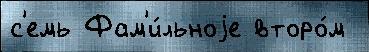
с'емь Фам'и́льноjе второ́м